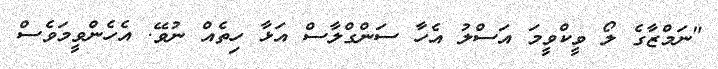
"ނަމްޒާގެ ލޯ ވީކްވީމަ އަސްލު އެހާ ސަންގްލާސް އަޅާ ހިތެއް ނުވޭ. އެހެންވީމަވެސް